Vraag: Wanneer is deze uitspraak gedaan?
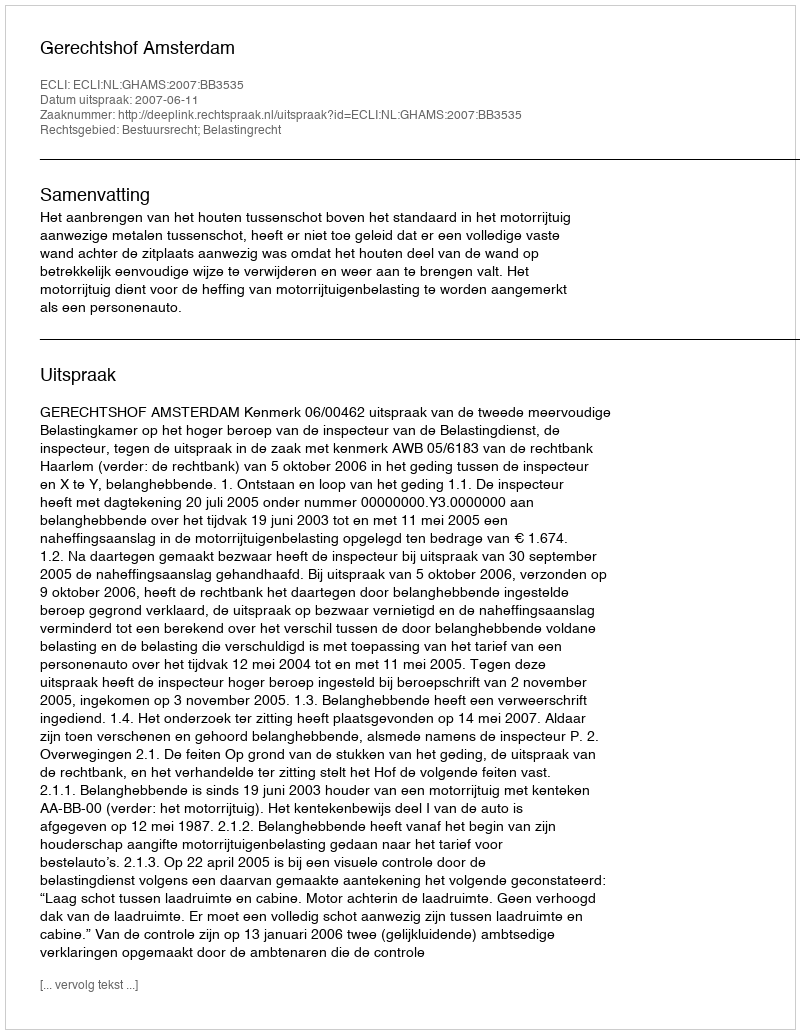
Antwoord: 2007-06-11